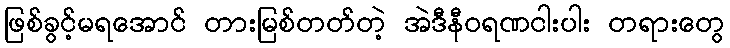
ဖြစ်ခွင့်မရအောင် တားမြစ်တတ်တဲ့ အဲဒီနီဝရဏငါးပါး တရားတွေ